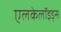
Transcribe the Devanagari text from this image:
एलकेलॉइड्स